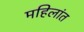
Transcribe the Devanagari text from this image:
महिलांत